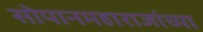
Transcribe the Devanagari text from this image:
सोपानमहाराजांच्या